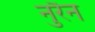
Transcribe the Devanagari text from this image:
नुरैन